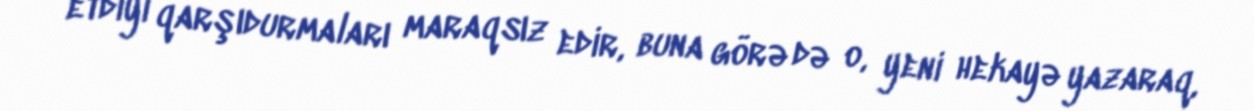
etdiyi qarşıdurmaları maraqsız edir, buna görə də o, yeni hekayə yazaraq,